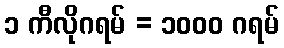
၁ ကီလိုဂရမ် = ၁၀၀၀ ဂရမ်